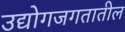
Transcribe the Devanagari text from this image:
उद्योगजगतातील